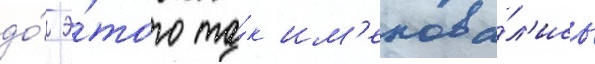
до́ э́того та́к им'енова́л'ись